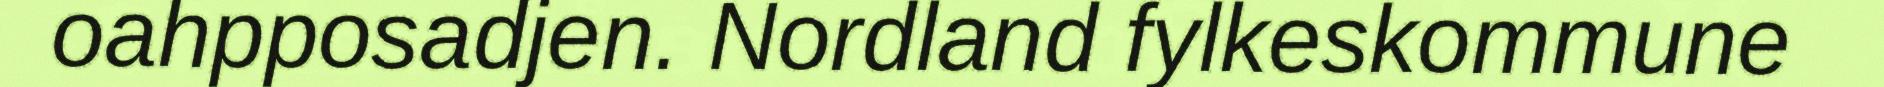
oahpposadjen. Nordland fylkeskommune